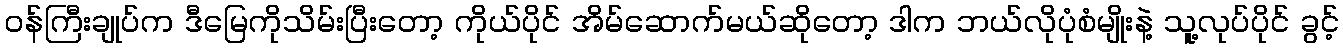
ဝန်ကြီးချုပ်က ဒီမြေကိုသိမ်းပြီးတော့ ကိုယ်ပိုင် အိမ်ဆောက်မယ်ဆိုတော့ ဒါက ဘယ်လိုပုံစံမျိုးနဲ့ သူ့လုပ်ပိုင် ခွင့်